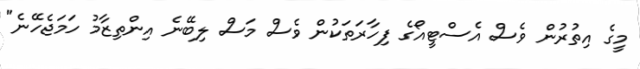
މީގެ އިތުރުން ވެސް އެސްޓީއޯގެ ފިހާރަތަކުން ވެސް މަސް ލިބޭނެ އިންތިޒާމު ހަމަޖެހޭނެ"